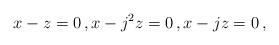
LaTeX: \begin{align*}x-z=0 \, , x-j^2z=0 \, , x-jz=0 \, , \end{align*}